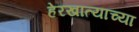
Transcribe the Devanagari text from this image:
हेरखात्याच्या